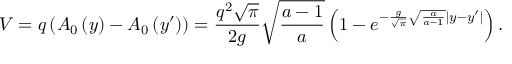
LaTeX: V = q \left( { { \cal A } _ { 0 } \left( y \right) - { \cal A } _ { 0 } \left( { y ^ { \prime } } \right) } \right) = \frac { { q ^ { 2 } \sqrt \pi } } { { 2 g } } \sqrt { \frac { a - 1 } { { a } } } \left( { 1 - e ^ { - \frac { g } { { \sqrt \pi } } \sqrt { \frac { a } { { a - 1 } } } | y - y ^ { \prime } | } } \right) .